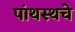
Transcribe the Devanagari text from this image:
पांथस्थचे